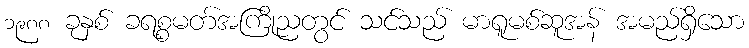
၁၉၈၈ ခုနှစ် ခရစ္စမတ်အကြိုညတွင် သင်သည် မာရူမစ်ဆူအန် အမည်ရှိသော